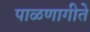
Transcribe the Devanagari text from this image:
पाळणागीते